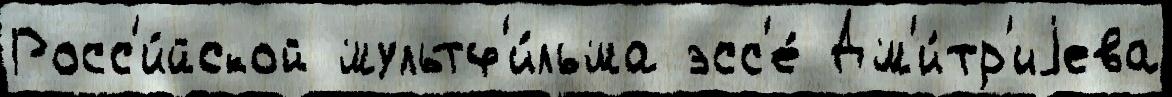
Росс'и́йской мультф'и́льма эсс'е́ Дм'и́тр'иjева